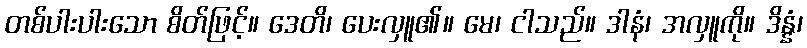
တစ်ပါးပါးသော စိတ်ဖြင့်။ ဒေတိ၊ ပေးလှူ၏။ မေ၊ ငါသည်။ ဒါနံ၊ အလှူကို။ ဒိန္နံ၊